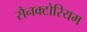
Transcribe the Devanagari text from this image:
सैनक्टोरियम